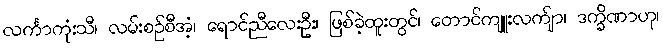
လင်္ကာကုံးသီ၊ လမ်းစဉ်စီအံ့၊ ရောင်ညီလေးဦး၊ ဖြစ်ခဲ့ထူးတွင်၊ တောင်ကျူးလက်ျာ၊ ဒက္ခိဏာဟု၊